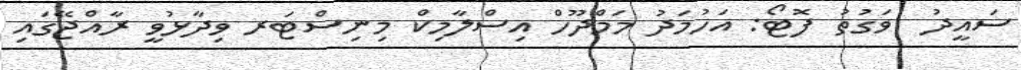
ސައީދު  ވަގުތު ފޮޓޯ: އަހުމަދު މަމްދޫހް އިސްލާމިކް މިނިސްޓަރ ވިދާޅުވީ ރާއްޖޭގައި